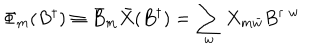
\Phi _ { m } ( B ^ { \dagger } ) \equiv \bar { B } _ { m } \bar { X } ( B ^ { \dagger } ) = \sum _ { w } X _ { m \bar { w } } B ^ { \dagger \; w }